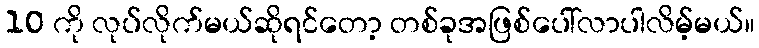
10 ကို လုပ်လိုက်မယ်ဆိုရင်တော့ တစ်ခုအဖြစ်ပေါ်လာပါလိမ့်မယ်။